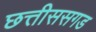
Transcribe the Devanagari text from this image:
छत्तीससगड